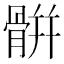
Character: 骿